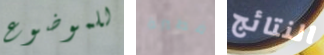
للموضوع فطيرة النتائج